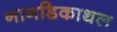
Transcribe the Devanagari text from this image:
नानडिकाथल